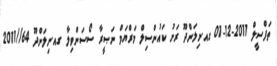
ތަފްސީލް 2011-12-01 ގއ.ނިލަންދޫ ރަށު ކައުންސިލް މަރްޔަމް ނަޞީރާ ސޯސަންވިލާ ގއ.ނިލަންދޫ 64//2011